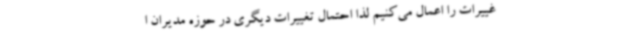
غییرات را اعمال می‌کنیم لذا احتمال تغییرات دیگری در حوزه مدیران ا